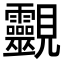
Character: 䚖